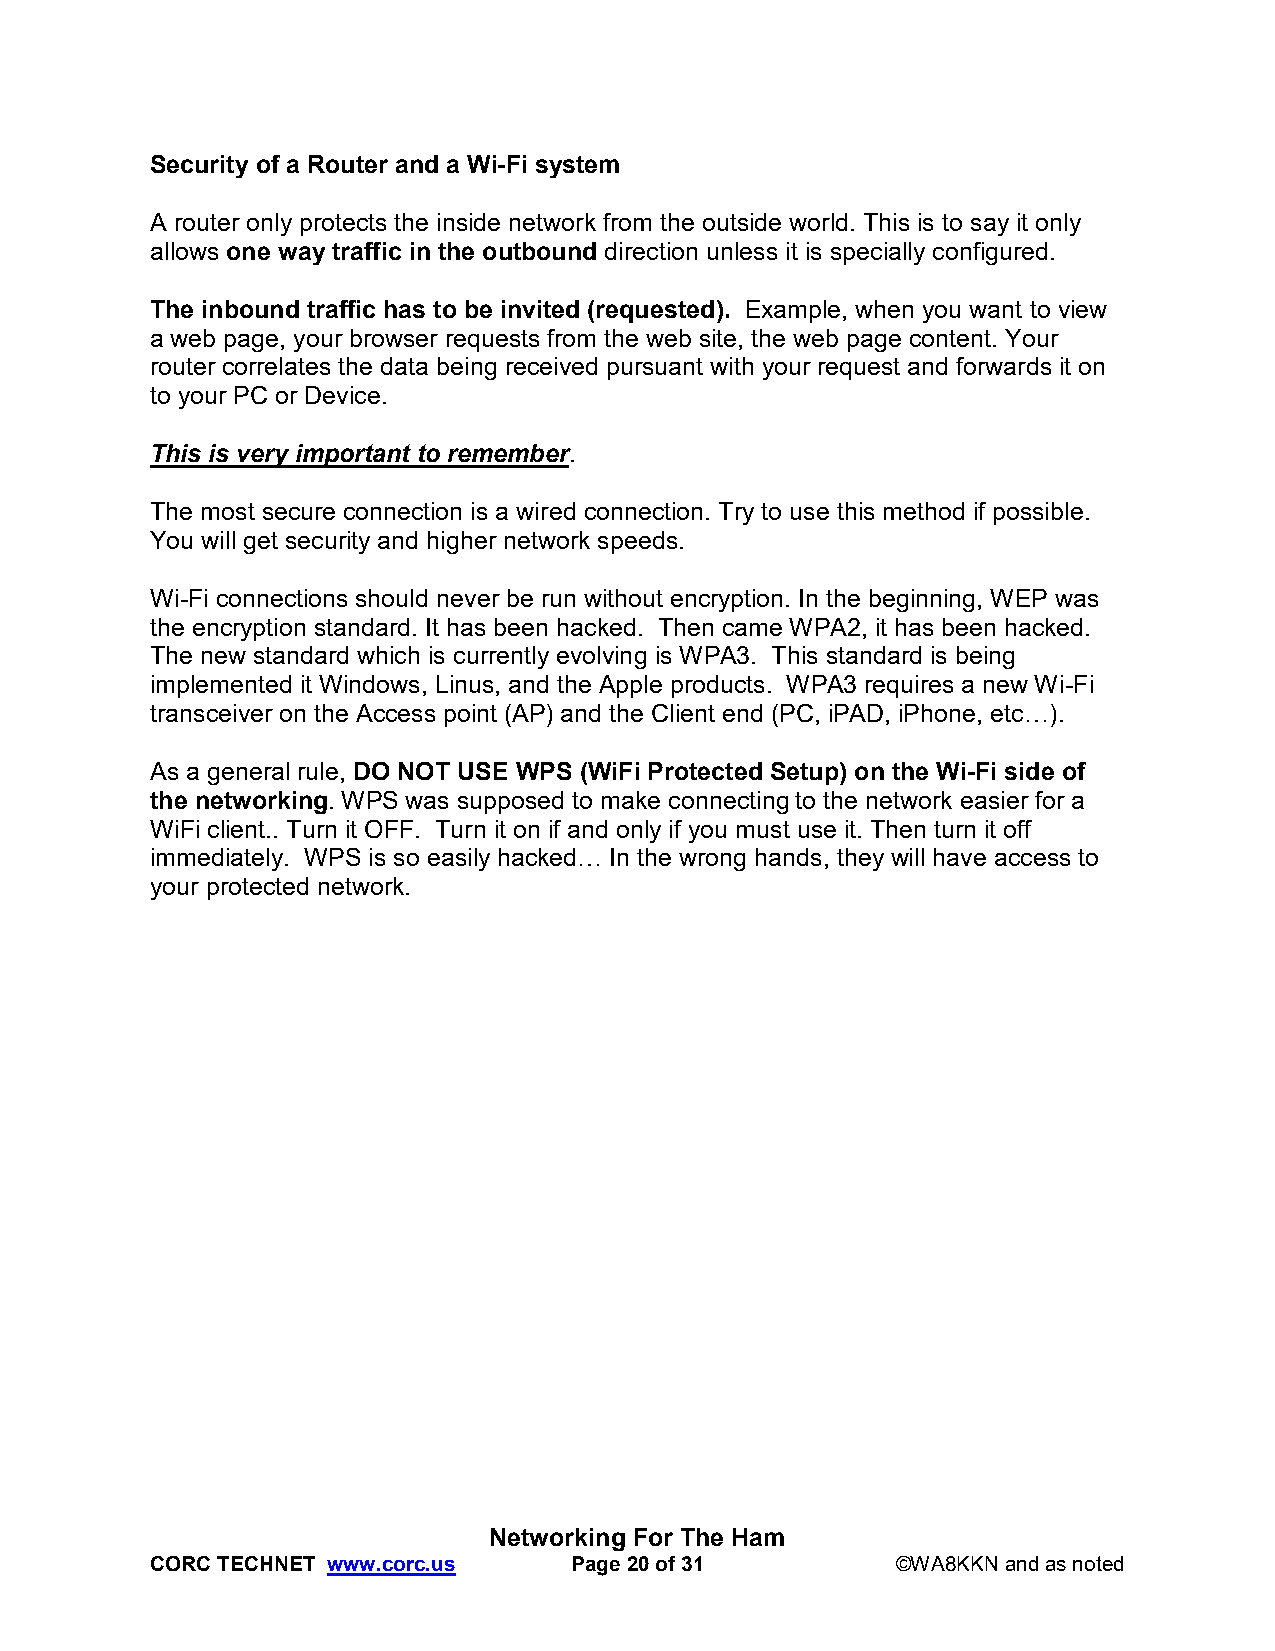
Security of a Router and a Wi-Fi system
 A router only protects the inside network from the outside world. This is to say it only
 allows one way traffic in the outbound direction unless it is specially configured.
 The inbound traffic has to be invited (requested). Example, when you want to view
 a web page, your browser requests from the web site, the web page content. Your
 router correlates the data being received pursuant with your request and forwards it on
 to your PC or Device.
 This is very important to remember.
 The most secure connection is a wired connection. Try to use this method if possible.
 You will get security and higher network speeds.
 Wi-Fi connections should never be run without encryption. In the beginning, WEP was
 the encryption standard. It has been hacked. Then came WPA2, it has been hacked.
 The new standard which is currently evolving is WPA3. This standard is being
 implemented it Windows, Linus, and the Apple products. WPA3 requires a new Wi-Fi
 transceiver on the Access point (AP) and the Client end (PC, iPAD, iPhone, etc…).
 As a general rule, DO NOT USE WPS (WiFi Protected Setup) on the Wi-Fi side of
 the networking. WPS was supposed to make connecting to the network easier for a
 WiFi client.. Turn it OFF. Turn it on if and only if you must use it. Then turn it off
 immediately. WPS is so easily hacked… In the wrong hands, they will have access to
 your protected network.
 Networking For The Ham
 CORC TECHNET www.corc.us    Page 20 of 31        ©WA8KKN and as noted